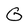
Character: G